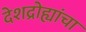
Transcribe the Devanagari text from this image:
देशद्रोह्यांचा